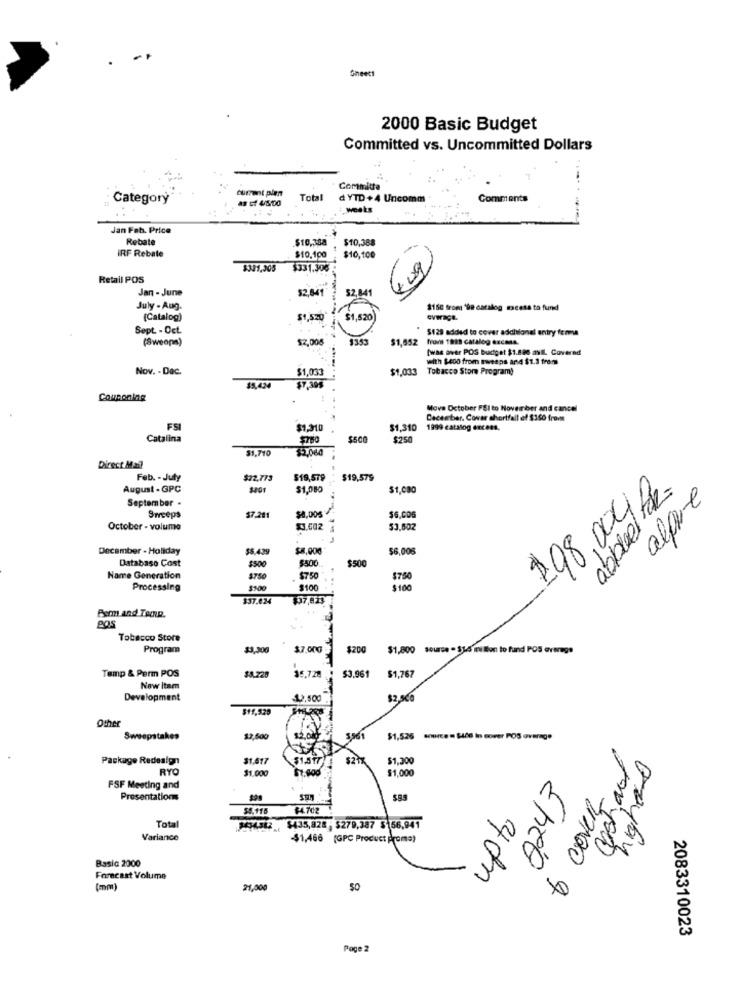
Gheett
2000 Basic Budget
Committed vs. Uncommitted Dollars
current plmn
Committe
Category
as cf 4/5100
Total
d YTD +4 Uncomo
Comments
weeks
Jan Feb. Price
Rebate
$10,388
$10,388
IRF Rebate
$10.100
$10,100
$301,305 $331.300
409
Retail POS
Jan - June
$2,841
52,841
July - Aug.
$150 from 'De catalog excess to fund
(Catalog)
$1,520
$1,520)
Sept - Oct.
$129 added to cover additional entry forma
(Sweons)
$2,006
1353
$1,652
from This catalog excess.
[was over POS budget $1.880 all. Covernd
....
with $400 from sweeps and $1.3 frems
Nov. - Dac.
$1,031
$1,033
Tobacco Store Programy
$5,424
Couponing
Move October FSI to November and cancel
December, Cover shortfall ef $150 from
FS
$1,310
$1,310
1999 catalog encens,
Catalina
$500
$250
$1,710
$2.060
Direct Mail
Feb. - July
$22.773
519,579
$19.579
abble tak
August - GPC
$201
$1.080
$1,080
alque
September .
198,0046
Sweeps
$7.28
$6.00
October - volume
$3,502
53.602
December - Holiday
$5.439
$8,000
$6,006
Databaso Cost
$400
$500
$500
Name Generation
$750
$750
$750
Processing
$100
$100
$100
$37.024
$97,813
Ben and Tedue.
gos
Tobacco Store
Program
$3,30€
$7.000
$200
$1,800 source - $15 million to fund POS average
Temp & Perm POS
$1.767
$5,728
$3.961
New item
Development
12.500
$11,529
Other
Sweepstakes
12,500
$1,526 source= $4de in sover POS overage
Cash out
Package Redesign
$1,617
$2
$1.300
highend
RYO
$1,000
$1,000
FSF Meeting and
3
Presentation
to cover
$4.115
$4.702
Total
$435,828 ; $279,387 $156,941
Variance
-$1,466 (GPC Product Promo)
Basic 2000
4dm
Forecast Volume
(mm)
21,000
50
2083310023
Page 2